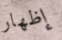
إظهار